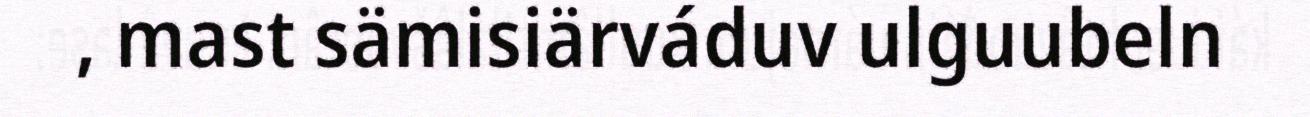
, mast sämisiärváduv ulguubeln